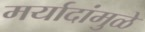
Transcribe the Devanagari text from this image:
मर्यादांमुळे